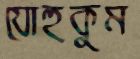
যোহুকুম